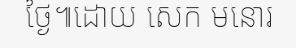
ថ្ងៃ៕ដោយ សេក មនោរ